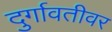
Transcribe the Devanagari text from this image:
दुर्गावतीवर